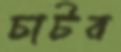
চাটব